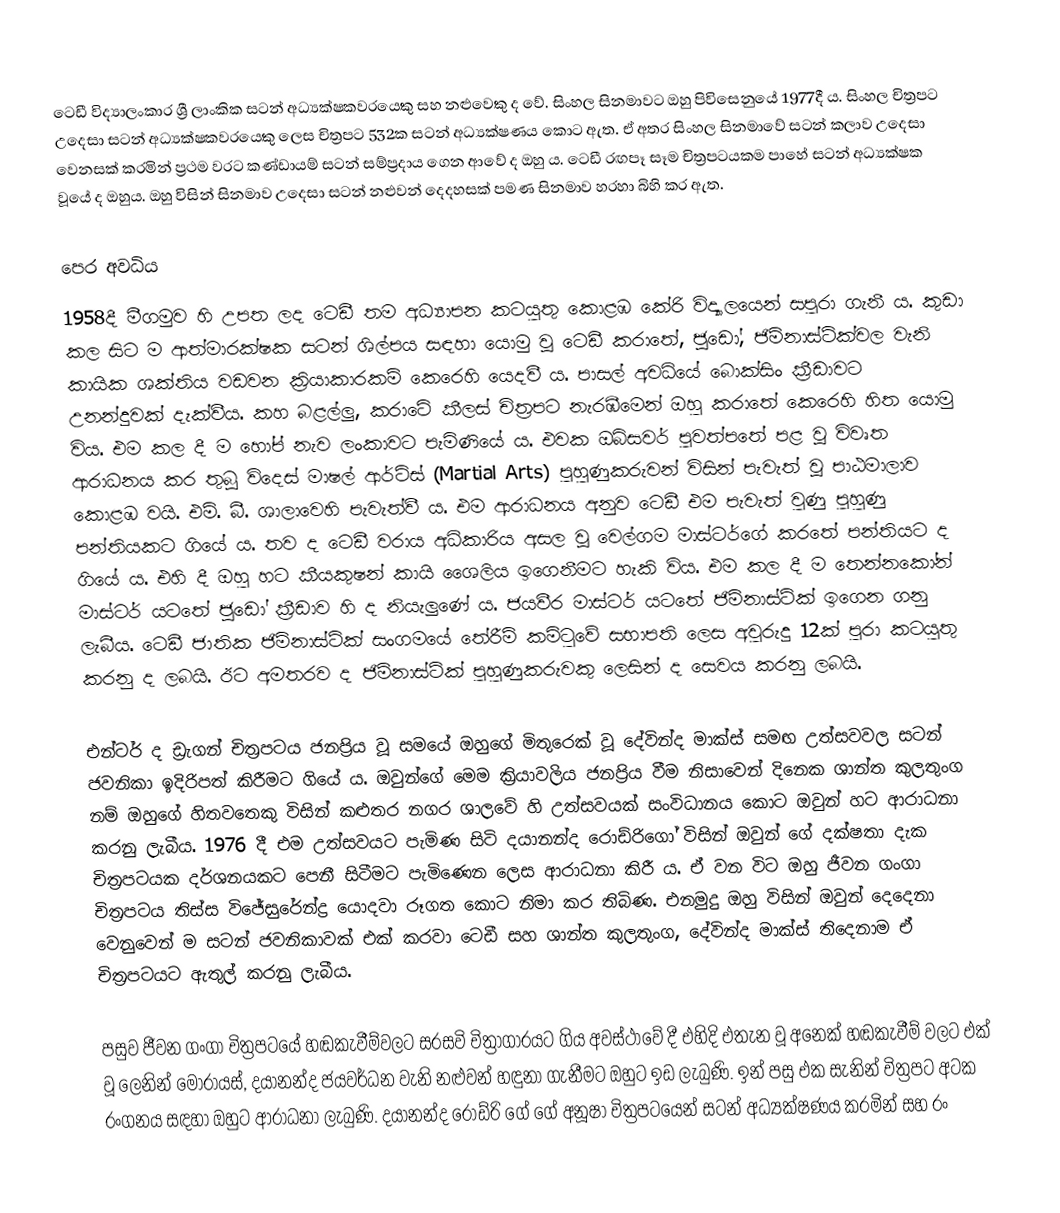
ටෙඩී විද්‍යාලංකාර ශ්‍රී ලාංකික සටන් අධ්‍යක්ෂකවරයෙකු සහ නළුවෙකු ද වේ. සිංහල සිනමාවට ඔහු පිවිසෙනුයේ 1977දී ය. සිංහල චිත්‍රපට උදෙසා සටන් අධ්‍යක්ෂකවරයෙකු ලෙස චිත්‍රපට 532ක සටන් අධ්‍යක්ෂණය කොට ඇත. ඒ අතර සිංහල සිනමාවේ සටන් කලාව උදෙසා වෙනසක් කරමින් ප්‍රථම වරට කණ්ඩායම් සටන් සම්ප්‍රදාය ගෙන ආවේ ද ඔහු ය. ටෙඩී රඟපෑ සෑම චිත්‍රපටයකම පාහේ සටන් අධ්‍යක්ෂක වූයේ ද ඔහුය. ඔහු විසින් සිනමාව උදෙසා සටන් නළුවන් දෙදහසක් පමණ සිනමාව හරහා බිහි කර ඇත.

පෙර අවධිය
1958දී මීගමුව හි උපත ලද ටෙඩී තම අධ්‍යාපන කටයුතු කොළඹ කේරි විද්‍යාලයෙන් සපුරා ගැනී ය. කුඩා කල සිට ම ආත්මාරක්ෂක සටන් ශිල්පය සඳහා යොමු වූ ටෙඩී කරාතේ, ජූඩෝ, ජිම්නාස්ටික්වල වැනි කායික ශක්තිය වඩවන ක්‍රියාකාරකම් කෙරෙහි යෙදවී ය. පාසල් අවධියේ බොක්සිං ක්‍රීඩාවට උනන්දුවක් දැක්වීය. කහ බළල්ලු, කරාටේ කීලස් චිත්‍රපට නැරඹීමෙන් ඔහු කරාතේ කෙරෙහි හිත යොමු විය. එම කල දී ම හෝප් නැව ලංකාවට පැමිණියේ ය. එවක ඔබ්සවර් පුවත්පතේ පළ වූ විවෘත ආරාධනය කර තුබූ විදෙස් මාෂල් ආර්ට්ස් (Martial Arts) පුහුණුකරුවන් විසින් පැවැත් වූ පාඨමාලාව කොළඹ වයි. එම්. බී. ශාලාවෙහි පැවැත්වී ය. එම ආරාධනය අනුව ටෙඩී එම පැවැත් වුණු පුහුණු පන්තියකට ගියේ ය. තව ද ටෙඩී වරාය අධිකාරිය අසල වූ වෙල්ගම මාස්ටර්ගේ කරතේ පන්තියට ද ගියේ ය. එහි දී ඔහු හට කීයකුෂන් කායි ශෛලිය ඉගෙනීමට හැකි විය. එම කල දී ම තෙන්නකෝන් මාස්ටර් යටතේ ජූඩෝ ක්‍රීඩාව හි ද නියැලුණේ ය. ජයවීර මාස්ටර් යටතේ ජිම්නාස්ටික් ඉගෙන ගනු ලැබීය. ටෙඩී ජාතික ජිම්නාස්ටික් සංගමයේ තේරීම් කමිටුවේ සභාපති ලෙස අවුරුදු 12ක් පුරා කටයුතු කරනු ද ලබයි. ඊට අමතරව ද ජිම්නාස්ටික් පුහුණුකරුවකු ලෙසින් ද සෙවය කරනු ලබයි.

එන්ටර් ද ඩ්‍රැගන් චිත්‍රපටය ජනප්‍රිය වූ සමයේ ඔහුගේ මිතුරෙක් වූ දේවින්ද මාක්ස් සමඟ උත්සවවල සටන් ජවනිකා ඉදිරිපත් කිරීමට ගියේ ය. ඔවුන්ගේ මෙම ක්‍රියාවලිය ජනප්‍රිය වීම නිසාවෙන් දිනෙක ශාන්ත කුලතුංග නම් ඔහුගේ හිතවතෙකු විසින් කළුතර නගර ශාලවේ හි උත්සවයක් සංවිධානය කොට ඔවුන් හට ආරාධනා කරනු ලැබීය. 1976 දී එම උත්සවයට පැමිණ සිටි දයානන්ද රොඩ්රිගෝ විසින් ඔවුන් ගේ දක්ෂතා දැක චිත්‍රපටයක දර්ශනයකට පෙනී සිටීමට පැමිණෙන ලෙස ආරාධනා කිරී ය. ඒ වන විට ඔහු ජීවන ගංගා චිත්‍රපටය තිස්ස විජේසුරේන්ද්‍ර යොදවා රූගත කොට නිමා කර තිබිණ. එනමුදු ඔහු විසින් ඔවුන් දෙදෙනා වෙනුවෙන් ම සටන් ජවනිකාවක් එක් කරවා ටෙඩී සහ ශාන්ත කුලතුංග, දේවින්ද මාක්ස් තිදෙනාම ඒ චිත්‍රපටයට ඇතුල් කරනු ලැබීය.

පසුව ජීවන ගංගා චිත්‍රපටයේ හඬකැවීම්වලට සරසවි චිත්‍රාගාරයට ගිය අවස්ථාවේ දී එහිදි එතැන වූ අනෙක් හඬකැවීම් වලට එක් වූ ලෙනින් මොරායස්, දයානන්ද ජයවර්ධන වැනි නළුවන් හඳුනා ගැනීමට ඔහුට ඉඩ ලැබුණි. ඉන් පසු එක සැනින් චිත්‍රපට අටක රංගනය සඳහා ඔහුට ආරාධනා ලැබුණි. දයානන්ද රොඩ්රි ගේ ගේ අනූෂා චිත්‍රපටයෙන් සටන් අධ්‍යක්ෂණය කරමින් සහ රං